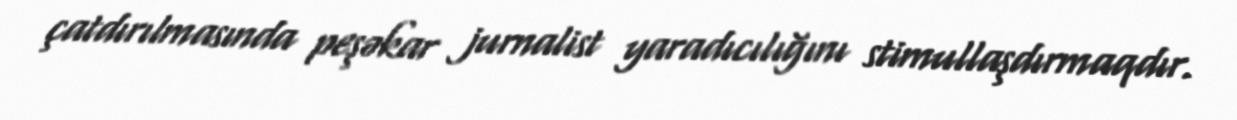
çatdırılmasında peşəkar jurnalist yaradıcılığını stimullaşdırmaqdır.